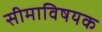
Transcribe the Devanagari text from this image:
सीमाविषयक